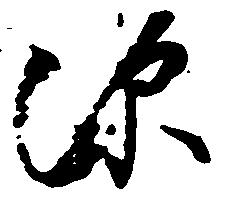
深